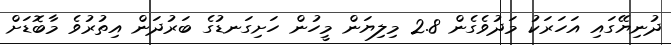
ދުނިޔޭގައި އަހަރަކު މަދުވެގެން 2.8 މިލިޔަން މީހުން ހަށިގަނޑުގެ ބަރުދަން އިތުރުވެ މާބޮޑަށް